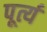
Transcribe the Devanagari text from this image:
पूर्त्य